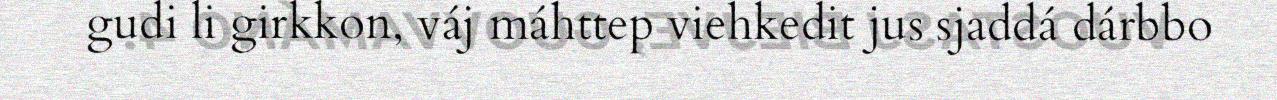
gudi li girkkon, váj máhttep viehkedit jus sjaddá dárbbo